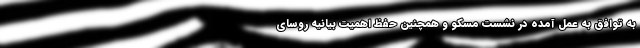
به توافق به عمل آمده در نشست مسکو و همچنین حفظ اهمیت بیانیه روسای